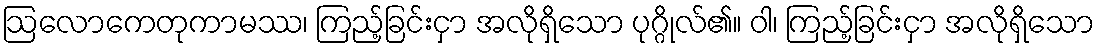
ဩလောကေတုကာမဿ၊ ကြည့်ခြင်းငှာ အလိုရှိသော ပုဂ္ဂိုလ်၏။ ဝါ၊ ကြည့်ခြင်းငှာ အလိုရှိသော